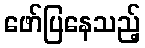
ဖော်ပြနေသည့်